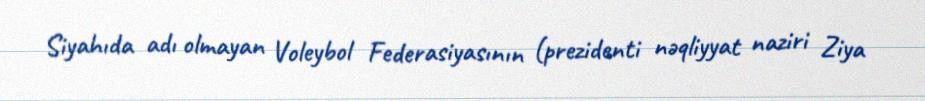
Siyahıda adı olmayan Voleybol Federasiyasının (prezidenti nəqliyyat naziri Ziya